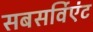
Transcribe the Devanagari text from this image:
सबसर्विएंट